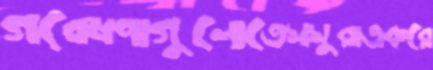
গবেষণাগুলোতেসসুরাএকরে